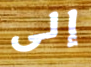
إلى